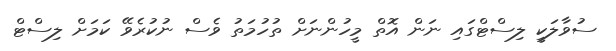
ސުވާލަކީ ލިސްޓްގައި ނަން އޮތް މީހުންނަށް ތުހުމަތު ވެސް ނުކުރެވޭ ކަމަށް ލިސްޓް